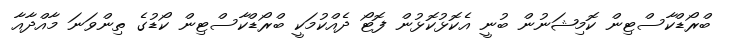
ބްރޯޑްކާސްޓިން ކޮމިޝަނުން ބުނީ އެކޮޅުކޮޅުން ފޮޓޯ ދެއްކުމަކީ ބްރޯޑްކާސްޓިން ކޯޑުގެ ތިންވަނަ މާއްދާއާ